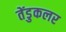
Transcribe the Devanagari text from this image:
तेंडुकलर